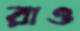
রাও